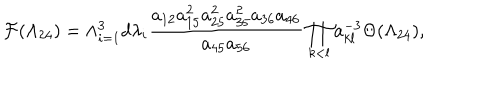
{ \cal F } ( \Lambda _ { 2 4 } ) = \wedge _ { i = 1 } ^ { 3 } d \lambda _ { i } \frac { a _ { 1 2 } a _ { 1 5 } ^ { 2 } a _ { 2 5 } ^ { 2 } a _ { 3 5 } ^ { 2 } a _ { 3 6 } a _ { 4 6 } } { a _ { 4 5 } a _ { 5 6 } } \prod _ { k < l } a _ { k l } ^ { - 3 } \Theta ( \Lambda _ { 2 4 } ) ,